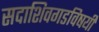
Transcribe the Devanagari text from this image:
सदाशिवगडविषयी